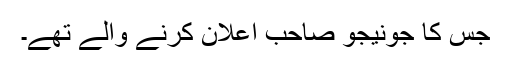
جس کا جونیجو صاحب اعلان کرنے والے تھے۔